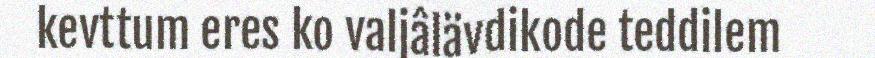
kevttum eres ko valjâlävdikode teddilem